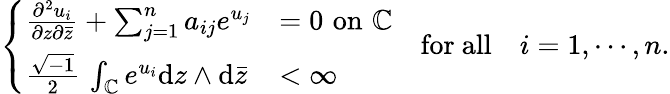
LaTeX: \left\{ \begin{array}{ll}{\frac{\partial^{2}u_{i}}{\partial z\partial\bar{z}}+\sum_{j=1}^{n}a_{ij}e^{u_{j}}}&{=0\, \, \mathrm{on}\, \, {\mathbb C}}\\ {\frac{\sqrt{-1}}{2}\, \int_{{\mathbb C}}e^{u_{i}}\mathrm{d}z\wedge\mathrm{d}\bar{z}}&{<\infty}\end{array}\right.\quad\mathrm{for~all}\quad i=1,\cdots,n.